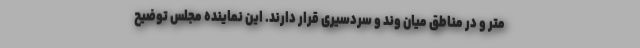
متر و در مناطق میان وند و سردسیری قرار دارند. این نماینده مجلس توضیح